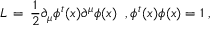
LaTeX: { \cal L } \, = \, \frac { 1 } { 2 } \partial _ { \mu } \phi ^ { t } ( x ) \partial ^ { \mu } \phi ( x ) \; \; , \phi ^ { t } ( x ) \phi ( x ) = 1 \; ,